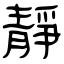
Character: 靜